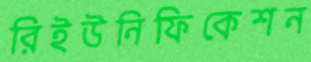
রিইউনিফিকেশন